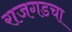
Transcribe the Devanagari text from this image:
राजगडचा